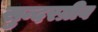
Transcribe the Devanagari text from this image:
सुन्दरग्रीव